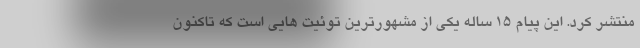
منتشر کرد. این پیام ۱۵ ساله یکی از مشهورترین توئیت هایی است که تاکنون